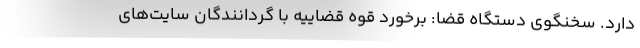
دارد. سخنگوی دستگاه قضا: برخورد قوه قضاییه با گردانندگان سایت‌های